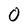
Character: O